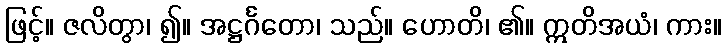
ဖြင့်။ ဇလိတွာ၊ ၍။ အဋ္ဌင်္ဂတော၊ သည်။ ဟောတိ၊ ၏။ ဣတိအယံ၊ ကား။